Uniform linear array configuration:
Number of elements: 24
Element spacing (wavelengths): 0.25
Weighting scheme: hann
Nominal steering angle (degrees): -45
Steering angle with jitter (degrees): -46.188
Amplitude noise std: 0.05
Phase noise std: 0.05

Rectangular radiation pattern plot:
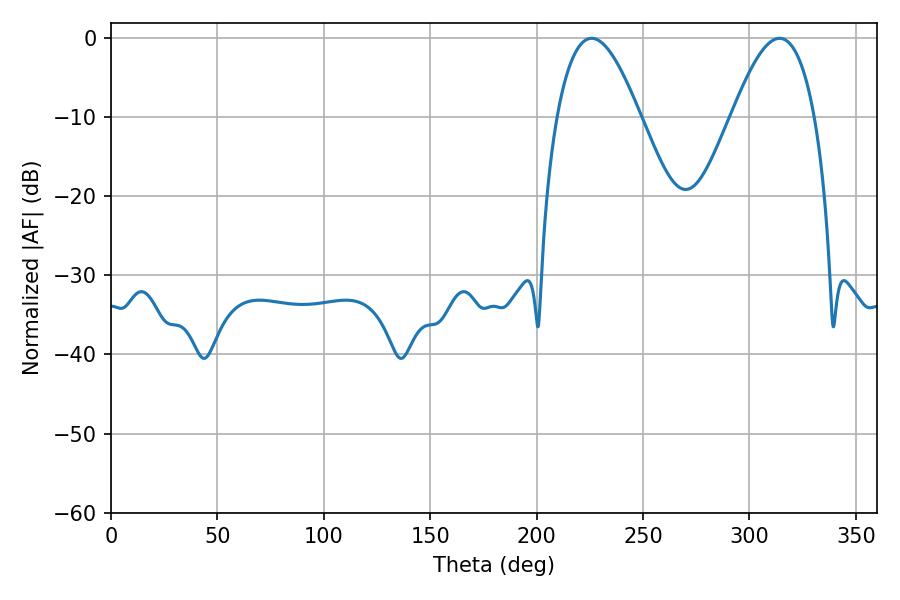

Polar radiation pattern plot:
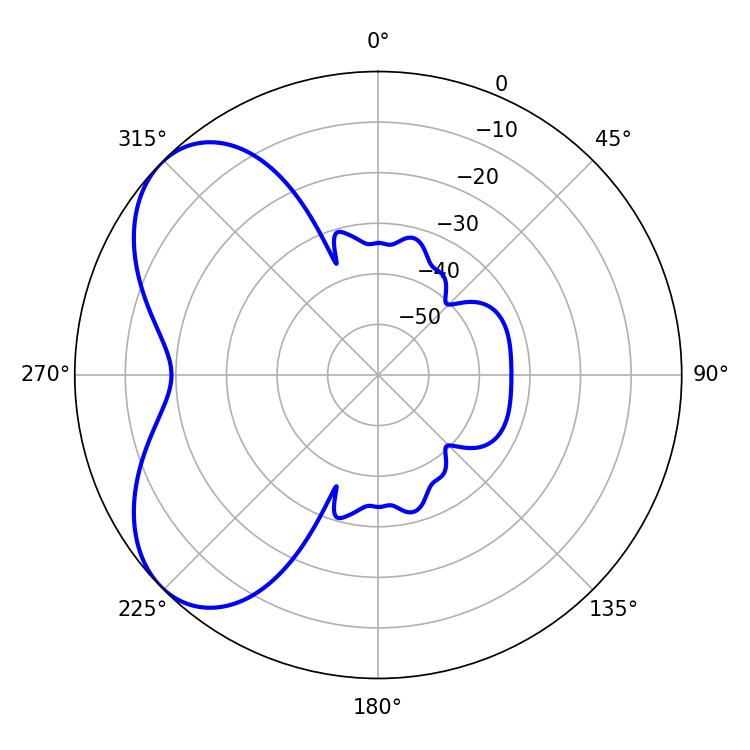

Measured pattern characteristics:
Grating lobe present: FALSE
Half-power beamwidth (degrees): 21.24
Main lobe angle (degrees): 225.9